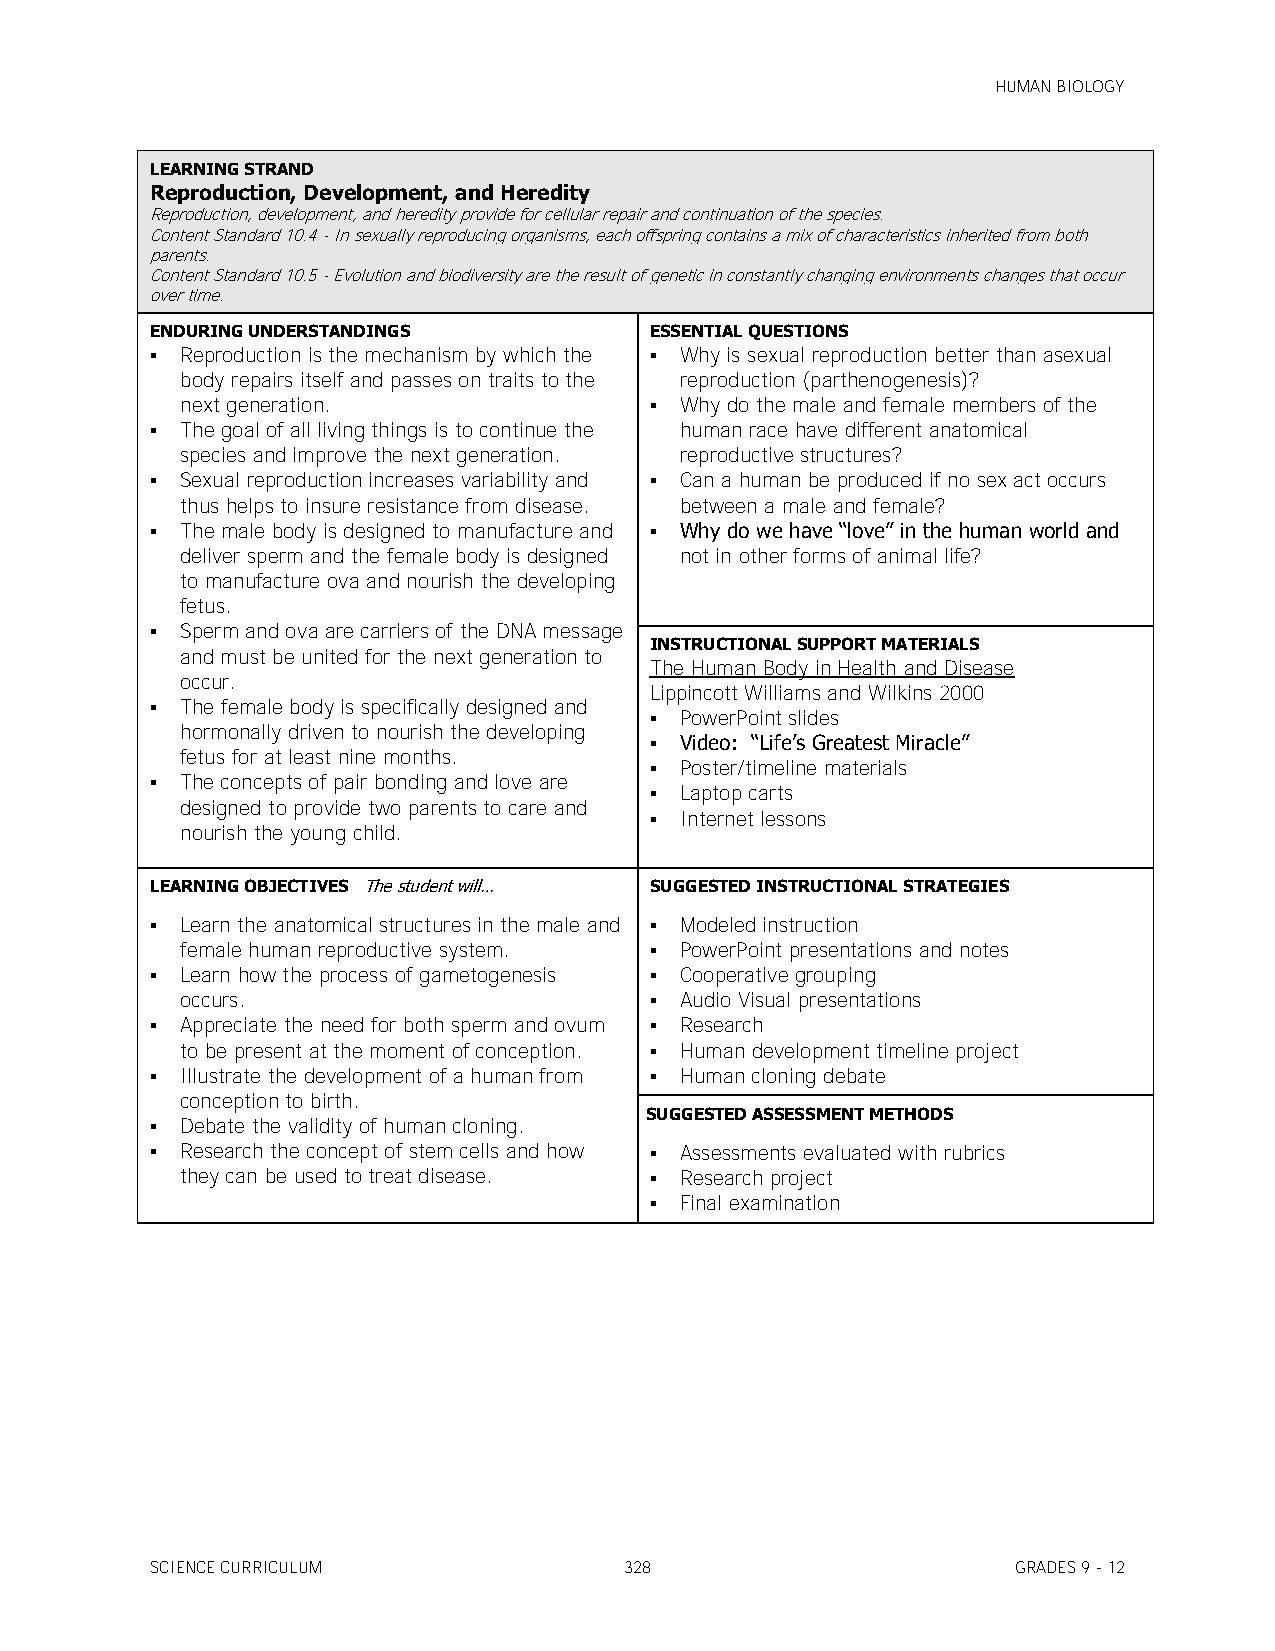
HUMAN BIOLOGY
 LEARNING STRAND
 Reproduction, Development, and Heredity
 Reproduction, development, and heredity provide for cellular repair and continuation of the species.
 Content Standard 10.4 - In sexually reproducing organisms, each offspring contains a mix of characteristics inherited from both
 parents.
 Content Standard 10.5 - Evolution and biodiversity are the result of genetic in constantly changing environments changes that occur
 over time.
 ENDURING UNDERSTANDINGS          ESSENTIAL QUESTIONS
  Reproduction is the mechanism by which the  Why is sexual reproduction better than asexual
 body repairs itself and passes on traits to the reproduction (parthenogenesis)?
 next generation.                Why do the male and female members of the
  The goal of all living things is to continue the human race have different anatomical
 species and improve the next generation. reproductive structures?
  Sexual reproduction increases variability and  Can a human be produced if no sex act occurs
 thus helps to insure resistance from disease. between a male and female?
  The male body is designed to manufacture and  Why do we have ―love‖ in the human world and
 deliver sperm and the female body is designed not in other forms of animal life?
 to manufacture ova and nourish the developing
 fetus.
  Sperm and ova are carriers of the DNA message
 INSTRUCTIONAL SUPPORT MATERIALS
 and must be united for the next generation to
 The Human Body in Health and Disease
 occur.
 Lippincott Williams and Wilkins 2000
  The female body is specifically designed and
  PowerPoint slides
 hormonally driven to nourish the developing
  Video: ―Life’s Greatest Miracle‖
 fetus for at least nine months.
  Poster/timeline materials
  The concepts of pair bonding and love are
  Laptop carts
 designed to provide two parents to care and
  Internet lessons
 nourish the young child.
 LEARNING OBJECTIVES The student will… SUGGESTED INSTRUCTIONAL STRATEGIES
  Learn the anatomical structures in the male and  Modeled instruction
 female human reproductive system.  PowerPoint presentations and notes
  Learn how the process of gametogenesis  Cooperative grouping
 occurs.                         Audio Visual presentations
  Appreciate the need for both sperm and ovum  Research
 to be present at the moment of conception.  Human development timeline project
  Illustrate the development of a human from  Human cloning debate
 conception to birth.
 SUGGESTED ASSESSMENT METHODS
  Debate the validity of human cloning.
  Research the concept of stem cells and how  Assessments evaluated with rubrics
 they can be used to treat disease.  Research project
  Final examination
 SCIENCE CURRICULUM             328                       GRADES 9 - 12